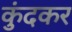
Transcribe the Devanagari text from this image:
कुंदकर